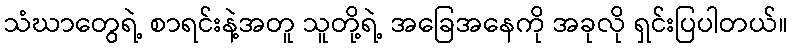
သံဃာတွေရဲ့ စာရင်းနဲ့အတူ သူတို့ရဲ့ အခြေအနေကို အခုလို ရှင်းပြပါတယ်။